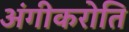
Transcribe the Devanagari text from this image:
अंगीकरोति